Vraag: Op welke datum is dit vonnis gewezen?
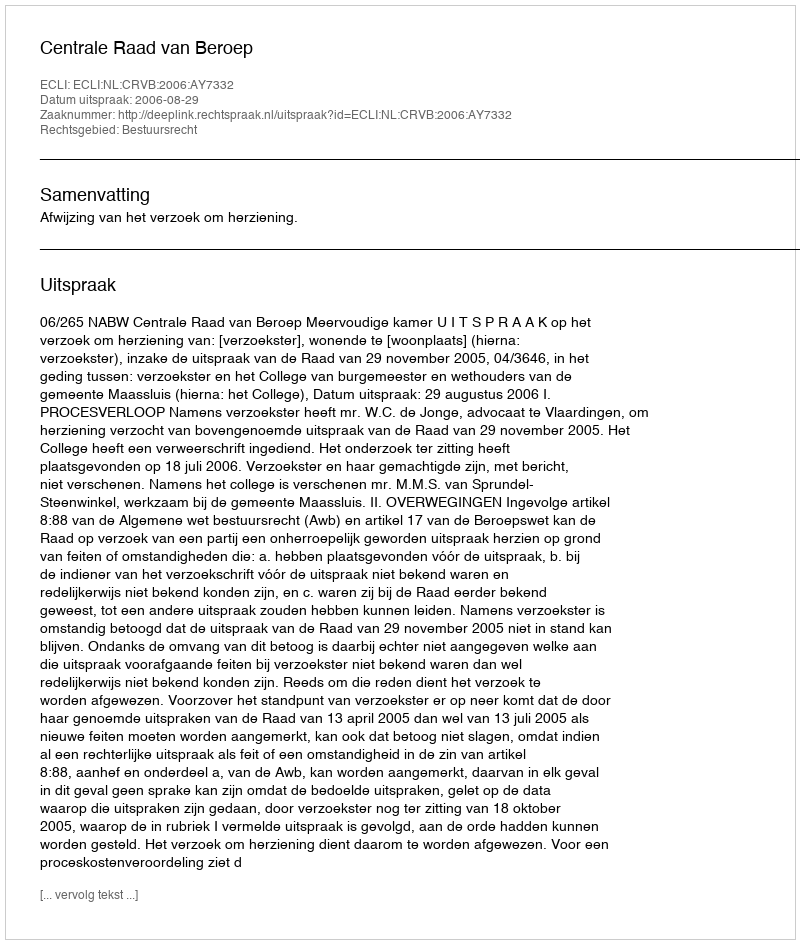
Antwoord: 2006-08-29